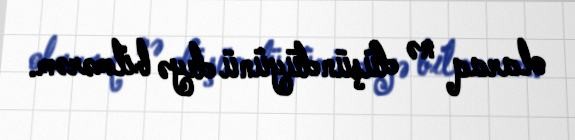
olaraq nə düşündüyünü deyə bilmərəm.